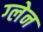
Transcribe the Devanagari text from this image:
ग्‍लेन